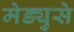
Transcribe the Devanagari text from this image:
मेड्युसे